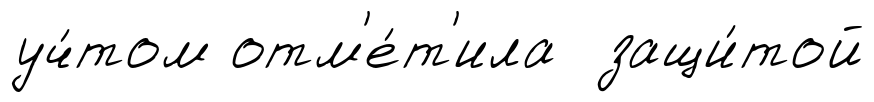
уч́том отм'е́т'ила защи́той